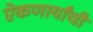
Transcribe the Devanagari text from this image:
ऐकणार्यांची